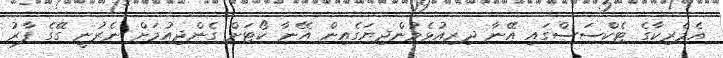
އެމެރިކާގެ ޓެކްސަސްގައި އޭނާ ދިރިއުޅެމުންދިޔަގެއިން އޭނާ ކޯޓަށް ގެންދިއުމަށް ނެރުނީ ގޭގެ ފާރު